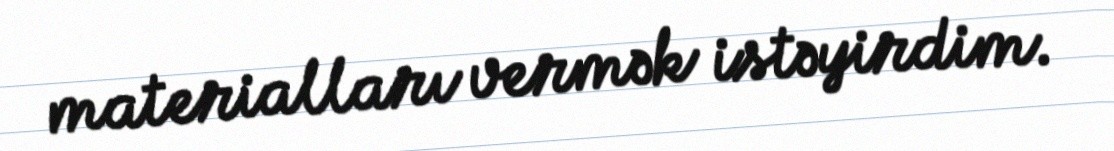
materialları vermək istəyirdim.